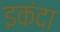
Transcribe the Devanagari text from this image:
इकंदा